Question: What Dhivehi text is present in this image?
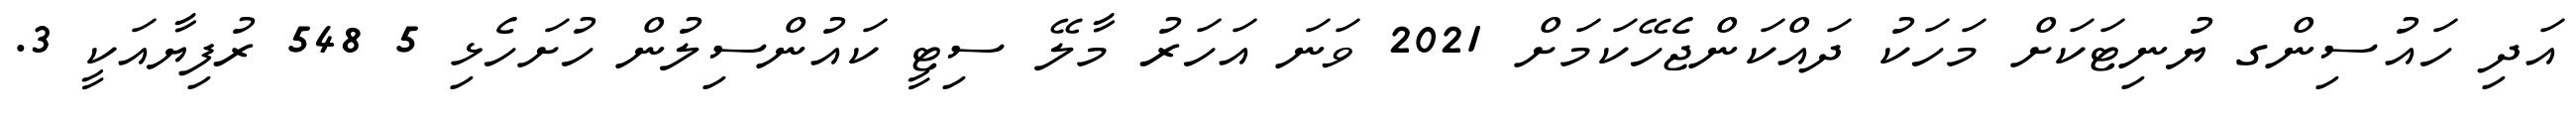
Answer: އަދި ހައުސިންގ ޔުނިޓަކަށް މަހަކު ދައްކަންޖެހޭކަމަށް 2021 ވަނަ އަހަރު މާލޭ ސިޓީ ކައުންސިލުން ހުށަހެޅި 5 548 ރުފިޔާއަކީ 3.